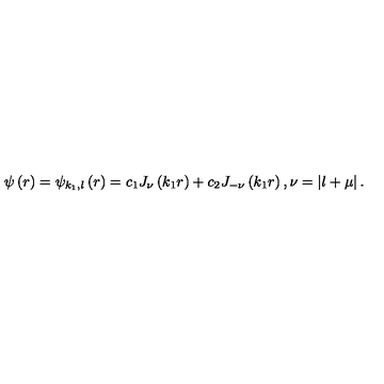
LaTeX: \psi \left( r \right) = \psi _ { k _ { 1 } , l } \left( r \right) = c _ { 1 } J _ { \nu } \left( k _ { 1 } r \right) + c _ { 2 } J _ { - \nu } \left( k _ { 1 } r \right) , \nu = \left| l + \mu \right| .